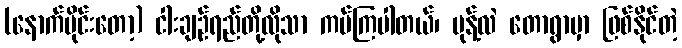
(နောက်ပိုင်းတော့) ငါးချဉ်ရည်တို့လိုသာ ကပ်ကြပါတယ်၊ မုန့်လဲ တောရွာမှာ ဖြစ်နိုင်တဲ့